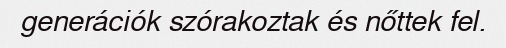
generációk szórakoztak és nőttek fel.